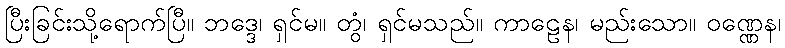
ပြီးခြင်းသို့ရောက်ပြီ။ ဘဒ္ဒေ၊ ရှင်မ။ တွံ၊ ရှင်မသည်။ ကာဠေန၊ မည်းသော။ ဝဏ္ဏေန၊